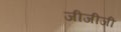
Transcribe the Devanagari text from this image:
जीजीजी